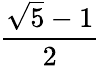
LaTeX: \frac{\sqrt{5}-1}{2}